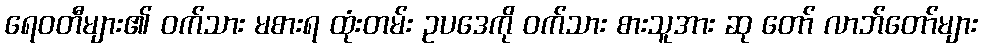
ရေဝတီများ၏ ဝက်သား မစားရ ထုံးတမ်း ဥပဒေကို ဝက်သား စားသူအား ဆု တော် လာဘ်တော်များ